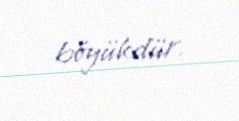
böyükdür.